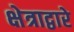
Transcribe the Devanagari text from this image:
क्षेत्राद्वारे